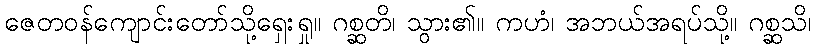
ဇေတဝန်ကျောင်းတော်သို့ရှေးရှု။ ဂစ္ဆတိ၊ သွား၏။ ကဟံ၊ အဘယ်အရပ်သို့။ ဂစ္ဆသိ၊